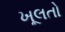
ખૂલતો